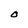
Character: O